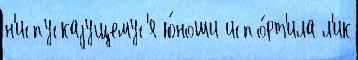
н'испускаjущемус'я ю́ноши испо́рт'ила л'ик